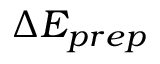
\Delta E _ { p r e p }